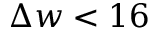
\Delta w < 1 6